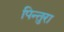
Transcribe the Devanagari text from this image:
पिन्तुरा